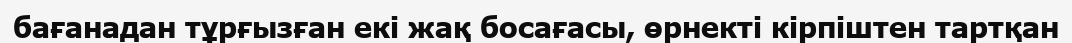
бағанадан тұрғызған екі жақ босағасы, өрнекті кірпіштен тартқан